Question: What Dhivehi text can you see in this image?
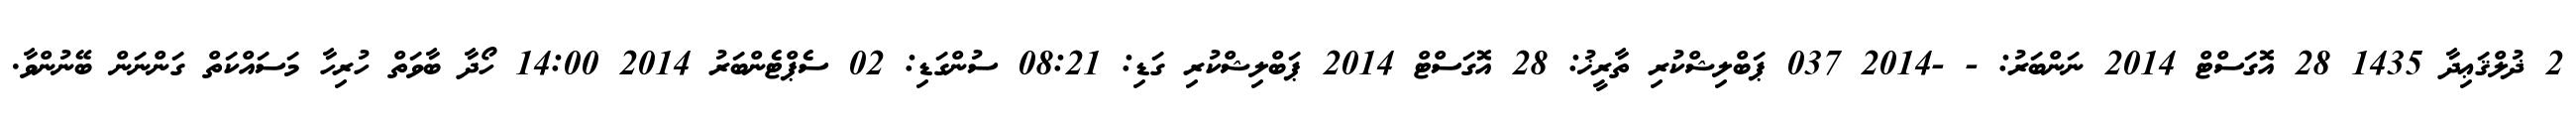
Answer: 2 ޛުލްޤަޢިދާ 1435 28 އޮގަސްޓް 2014 ނަންބަރު: - -2014 037 ޕަބްލިޝްކުރި ތާރީޚު: 28 އޮގަސްޓް 2014 ޕަބްލިޝްކުރި ގަޑި: 08:21 ސުންގަޑި: 02 ސެޕްޓެންބަރު 2014 14:00 ހޯދާ ބާވަތް ހުރިހާ މަސައްކަތް ގަންނަން ބޭނުންވާ.